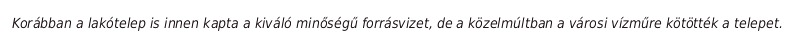
Korábban a lakótelep is innen kapta a kiváló minőségű forrásvizet, de a közelmúltban a városi vízműre kötötték a telepet.